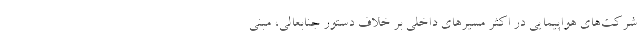
شرکت‌های هواپیمایی در اکثر مسیرهای داخلی بر خلاف دستور جنابعالی، مبنی